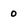
Character: 0